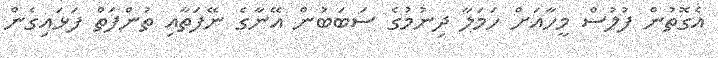
އެގޮތުން ފުލުސް މީހާއަށް ހަމަލާ ދިނުމުގެ ސަބަބުން އޭނާގެ ނޭފަތާއި ތުންފަތް ފަޅައިގެން